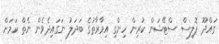
ގައްދޫ ޕޮލިސް ސްޓޭޝަން ކުރިން ހިންގި އިމާރާތުގެ ބަދަލު ނަގައިިދެވެން ނެތް ކަމަށް